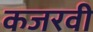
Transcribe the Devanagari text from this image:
कजरवी